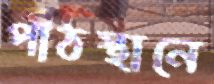
পীঠস্থানে